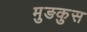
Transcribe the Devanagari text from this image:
मुङकुस